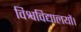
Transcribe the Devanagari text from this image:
विश्वविद्यालयों।